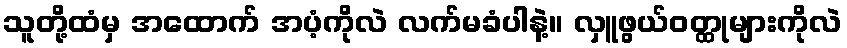
သူတို့ထံမှ အထောက် အပံ့ကိုလဲ လက်မခံပါနဲ့။ လှူဖွယ်ဝတ္ထုများကိုလဲ